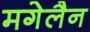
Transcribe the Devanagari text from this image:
मगेलैन